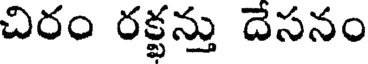
చిరం రక్టన్తు దెసనం